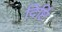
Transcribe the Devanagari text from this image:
दिर्ष्टि